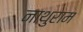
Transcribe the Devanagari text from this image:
नाथुराम